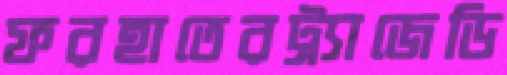
ফরহাতেরট্র্যাজেডি